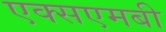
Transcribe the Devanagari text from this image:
एक्सएमबी